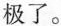
极了。